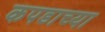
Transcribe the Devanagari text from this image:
कपडाच्या